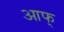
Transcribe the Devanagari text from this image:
आफ्